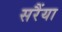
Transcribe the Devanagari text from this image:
सरैंया